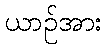
ယာဉ်အား